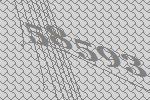
58593